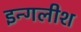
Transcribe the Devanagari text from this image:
इन्गलीश